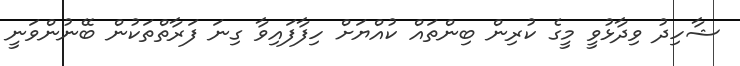
ޝާހިދު ވިދާޅުވީ މީގެ ކުރިން ބިންތައް ކުއްޔަށް ހިފާފައިވާ ގިނަ ފަރާތްތަކުން ބޭނުންވަނީ